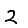
Digit: 2